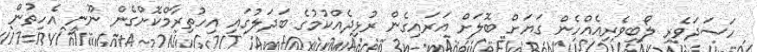
ހަސަދަވެރި ލޯބިވެރިއެއްހެން ގަޔަށް ބޮލަށް އަރައިގެން ރުޅިދެއްކުމުގެ ބަދަލުގައި އިހުތިރާމްކޮށްގެން ނޫނީ އެހިތުން